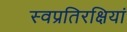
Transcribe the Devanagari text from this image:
स्वप्रतिरक्षियां